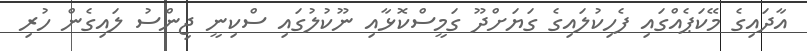
އާދައިގެ މޭކަޕެއްގައި ފެހިކުލައިގެ ގަޔަށްދޫ ގަމީސްކޮޅާއި ނޫކުލުގައި ސްކިނީ ޖިންސު ލައިގެން ހުރި